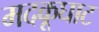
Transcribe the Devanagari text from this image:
मदकूघाट